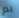
يم